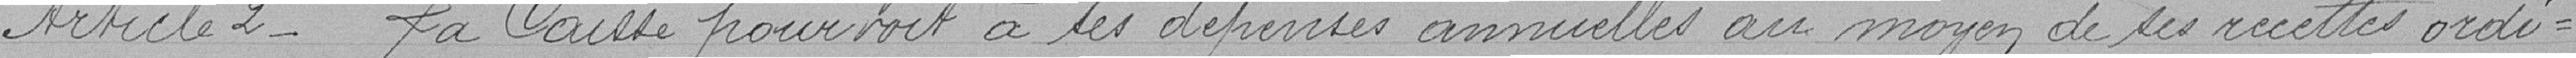
Article 2. La Caisse pourvoit à ses dépenses annuelles au moyen de ses recettes ordi-